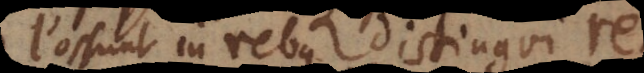
Possunt in rebus distingui